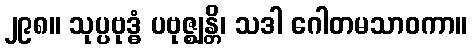
၂၉၈။ သုပ္ပဗုဒ္ဓံ ပဗုဇ္ဈန္တိ၊ သဒါ ဂေါတမသာဝကာ။